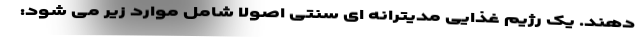
دهند. یک رژیم غذایی مدیترانه ای سنتی اصولا شامل موارد زیر می شود: